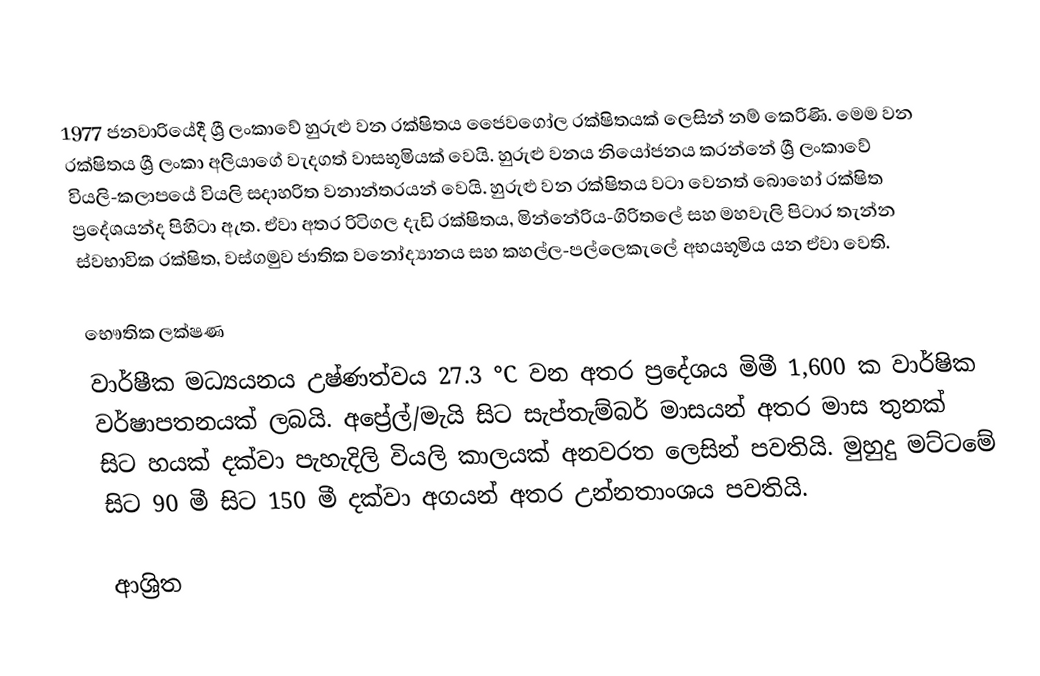
1977 ජනවාරියේදී ශ්‍රී ලංකාවේ හුරුළු වන රක්ෂිතය  ජෛවගෝල රක්ෂිතයක් ලෙසින් නම් කෙරිණි. මෙම වන රක්ෂිතය ශ්‍රී ලංකා අලියාගේ වැදගත් වාසභූමියක් වෙයි. හුරුළු වනය නියෝජනය කරන්නේ  ශ්‍රී ලංකාවේ වියලි-කලාපයේ වියලි  සදාහරිත වනාන්තරයන් වෙයි.  හුරුළු වන රක්ෂිතය වටා වෙනත් බොහෝ රක්ෂිත ප්‍රදේශයන්ද පිහිටා ඇත. ඒවා අතර රිටිගල දැඩි රක්ෂිතය, මින්නේරිය-ගිරිතලේ සහ මහවැලි පිටාර තැන්න ස්වභාවික රක්ෂිත, වස්ගමුව ජාතික වනෝද්‍යානය සහ කහල්ල-පල්ලෙකැලේ අභයභූමිය යන ඒවා වෙති.

භෞතික ලක්ෂණ
වාර්ෂීක මධ්‍යයනය උෂ්ණත්වය  27.3 °C වන අතර ප්‍රදේශය  මිමී 1,600 ක  වාර්ෂික වර්ෂාපතනයක් ලබයි. අප්‍රේල්/මැයි සිට සැප්තැම්බර් මාසයන් අතර මාස තුනක් සිට හයක් දක්වා පැහැදිලි වියලි කාලයක් අනවරත ලෙසින් පවතියි. මුහුදු මට්ටමේ සිට  90 මී සිට 150 මී දක්වා අගයන් අතර උන්නතාංශය පවතියි.

ආශ්‍රිත